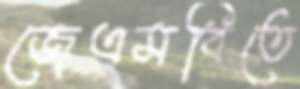
জেএমবিতে